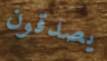
يصدقون